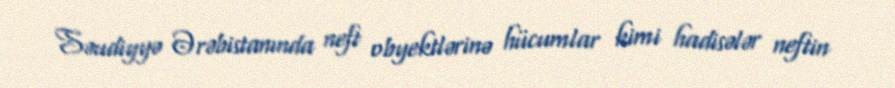
Səudiyyə Ərəbistanında neft obyektlərinə hücumlar kimi hadisələr neftin